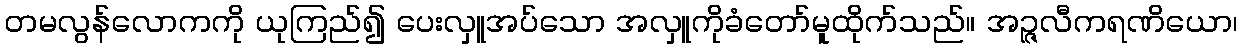
တမလွန်လောကကို ယုကြည်၍ ပေးလှူအပ်သော အလှူကိုခံတော်မူထိုက်သည်။ အဉ္ဇလီကရဏိယော၊